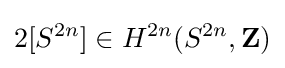
2[S^{2n}]\in H^{2n}(S^{2n},\mathbf {Z} )